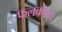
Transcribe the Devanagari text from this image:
फलकावा